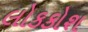
લોકકોશ